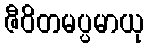
ဇီဝိတမပ္ပမာယု